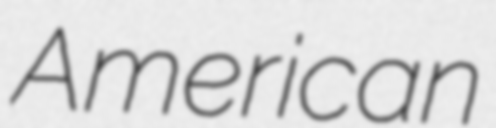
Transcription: American